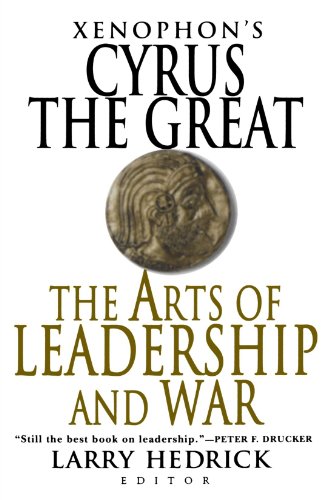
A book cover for Xenophon's Cyrus the Great: The Arts of Leadership and War; Xenophon; History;